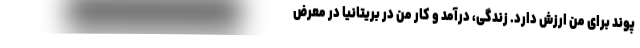
پوند برای من ارزش دارد. زندگی، درآمد و کار من در بریتانیا در معرض